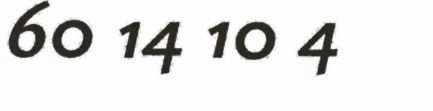
60 14 10 4